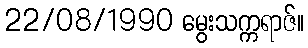
22/08/1990 မွေးသက္ကရာဇ်။